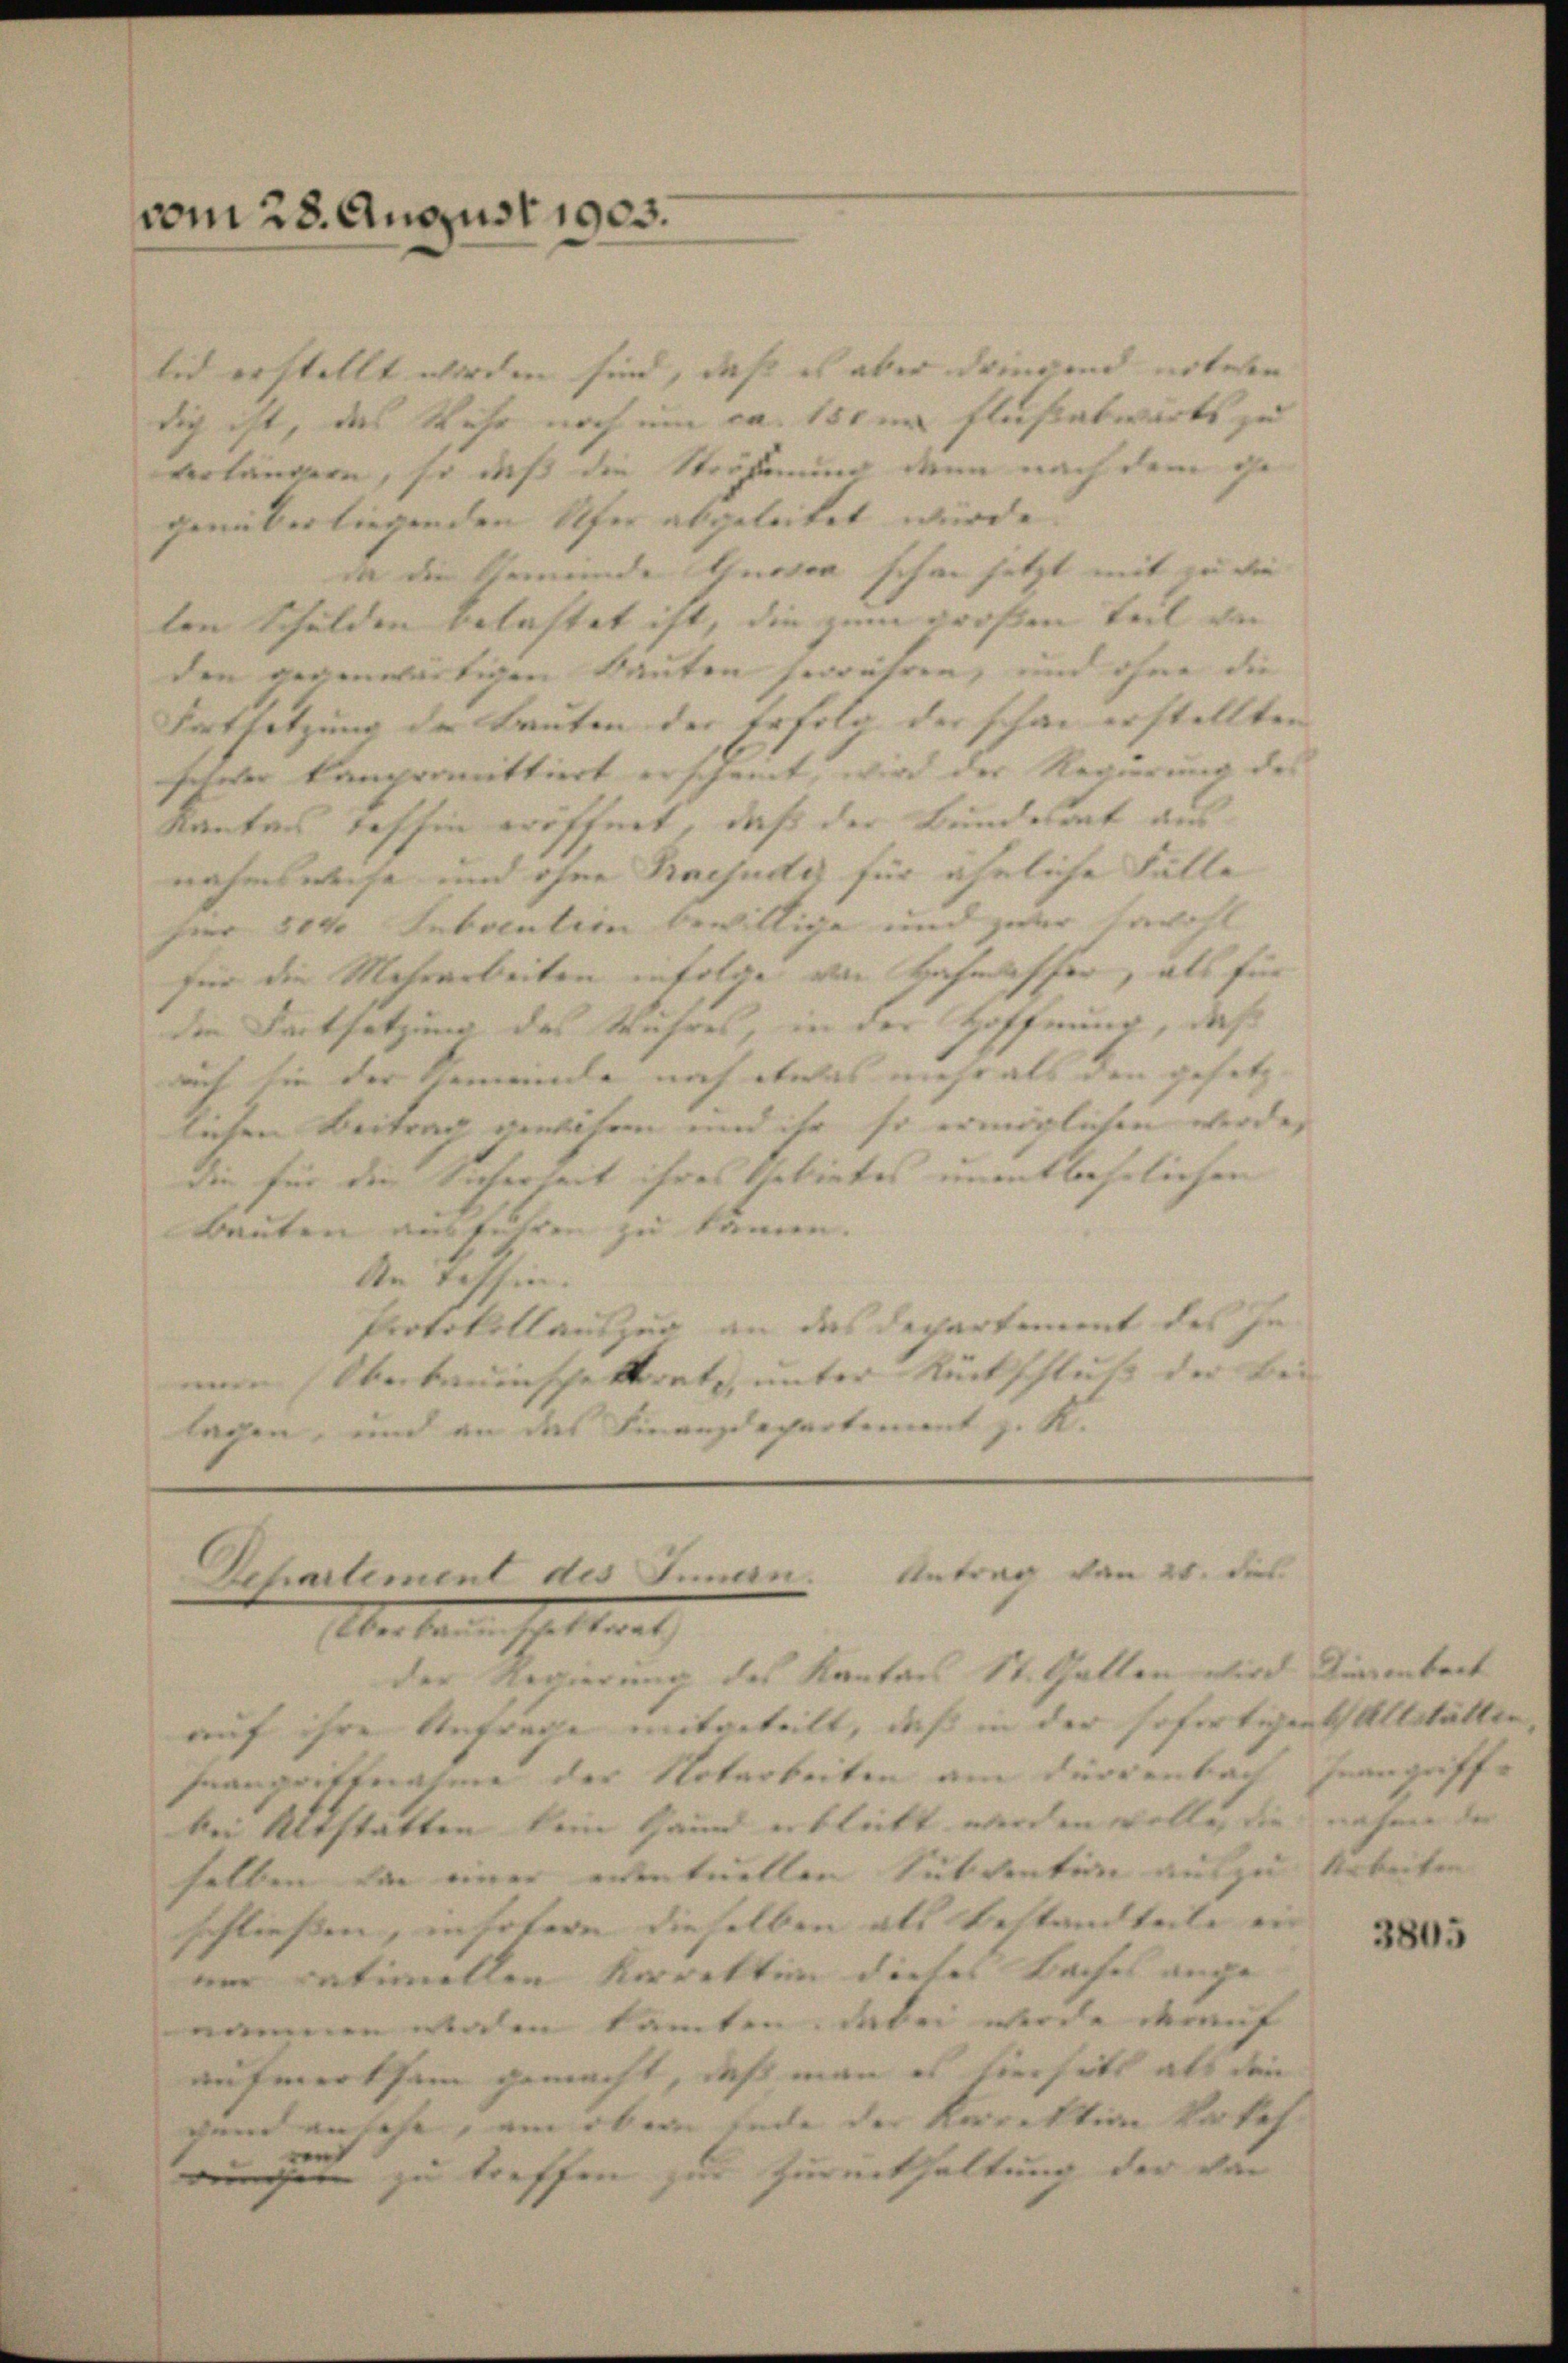
vom 28. August 1903.

end erstellt werden sind, daß es aber dringend unteren
dich ist, das Wehr noch ein ca. 150 in Flußabwärts zu
verlängern, so daß die Strafernung denn nach dem ge
genüber liegenden Ufer abgeleitet wurde.
in die Gemeinde Gnovon schon jetzt mit zu die
ten Schulden belastet ist, die zum großen Teil du
den gegenwärtigen Bauten herrühren, und ohne die
Fortsetzung der Leuten der Erfolg der schon erstellten |
schwer kompromittiert erscheint, wird der Regierung des
Kantons Taffin eröffnet, daß der Bundesrat aus
nahmsweise und ohne Praejudiz für ähnliche Fälle
Feer 8000 Subvention bewillige und zuer Carit
für die Mehrarbeiten infolge von Hafmasser, als für
die Fortsetzung des Wuhres, in der Hoffnung, daß
auf die der Gemeinde noch etwas mehr als den gesetz |
lichen Beitrag gewesen und ihr so ermöglichen werde,
die für die Sicherheit ihres Gebietes unentbehrlichen
Bauten ausführen zu kamen.
An Taffin
Protokollauszug an das Departement des Inve Oberbauinschektorate, unter Rückschluß der Bei
lagen, und an das Finanzdepartement z. K.

Dchartement des Innen. Antrag von 20. dies
Aber den E. Staat
der Regierung des Kantons St. Gatten wird diesebeck

auf ihre Anfrage mitgeteilt, daß in der gefertigen Altstätten,
Fraugrittnahme der Notarbeiten am Dürrenbach
bei Altstätten kein Hand erblickt werden wolle, die nahme der |
selben von einer eventuellen Subvention auszu Arbeiten
schließen, in hotere dieselben als Bestandteile ein |
aer rationellen Korrekten dieses Baches angenommen waren kannten, dabei werde darauf
aufmerksam gemacht, daß man es hierheits als den
gend ansehe, um ober Ende der Kajektion Rates
wungen zu treffen zur Zurückhaltung der von

ngriffe

3805